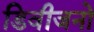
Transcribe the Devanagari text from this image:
डिवीजनो